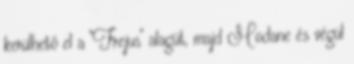
kerülhető el a "Frejus" alagút, majd Modane és végül